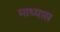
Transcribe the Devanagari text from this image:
माध्यास